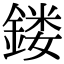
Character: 𨩐